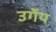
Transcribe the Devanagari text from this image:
उर्गेय